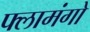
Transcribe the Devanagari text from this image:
फ्लामंगो